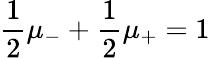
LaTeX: \frac{1}{2}\mu_{-}+\frac{1}{2}\mu_{+}=1